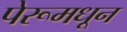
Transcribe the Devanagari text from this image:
पेरूमधून